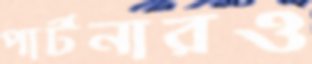
পার্টনারও